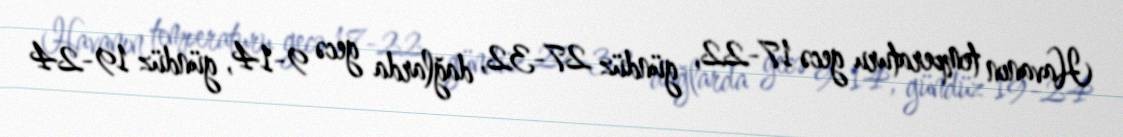
Havanın temperaturu gecə 17-22, gündüz 27-32, dağlarda gecə 9-14, gündüz 19-24